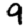
Digit: 9